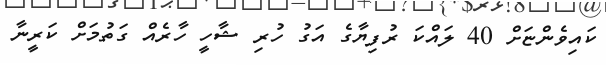
ކައިވެންޏަށް 40 ލައްކަ ރުފިޔާގެ އަގު ހުރި ޝާހީ ހާރެއް ގަތުމަށް ކަރީނާ